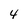
Character: 4